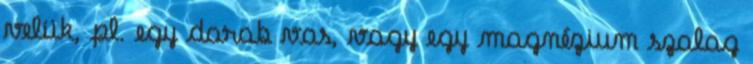
velük, pl. egy darab vas, vagy egy magnézium szalag